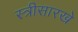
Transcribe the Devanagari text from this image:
स्त्रीसारखे